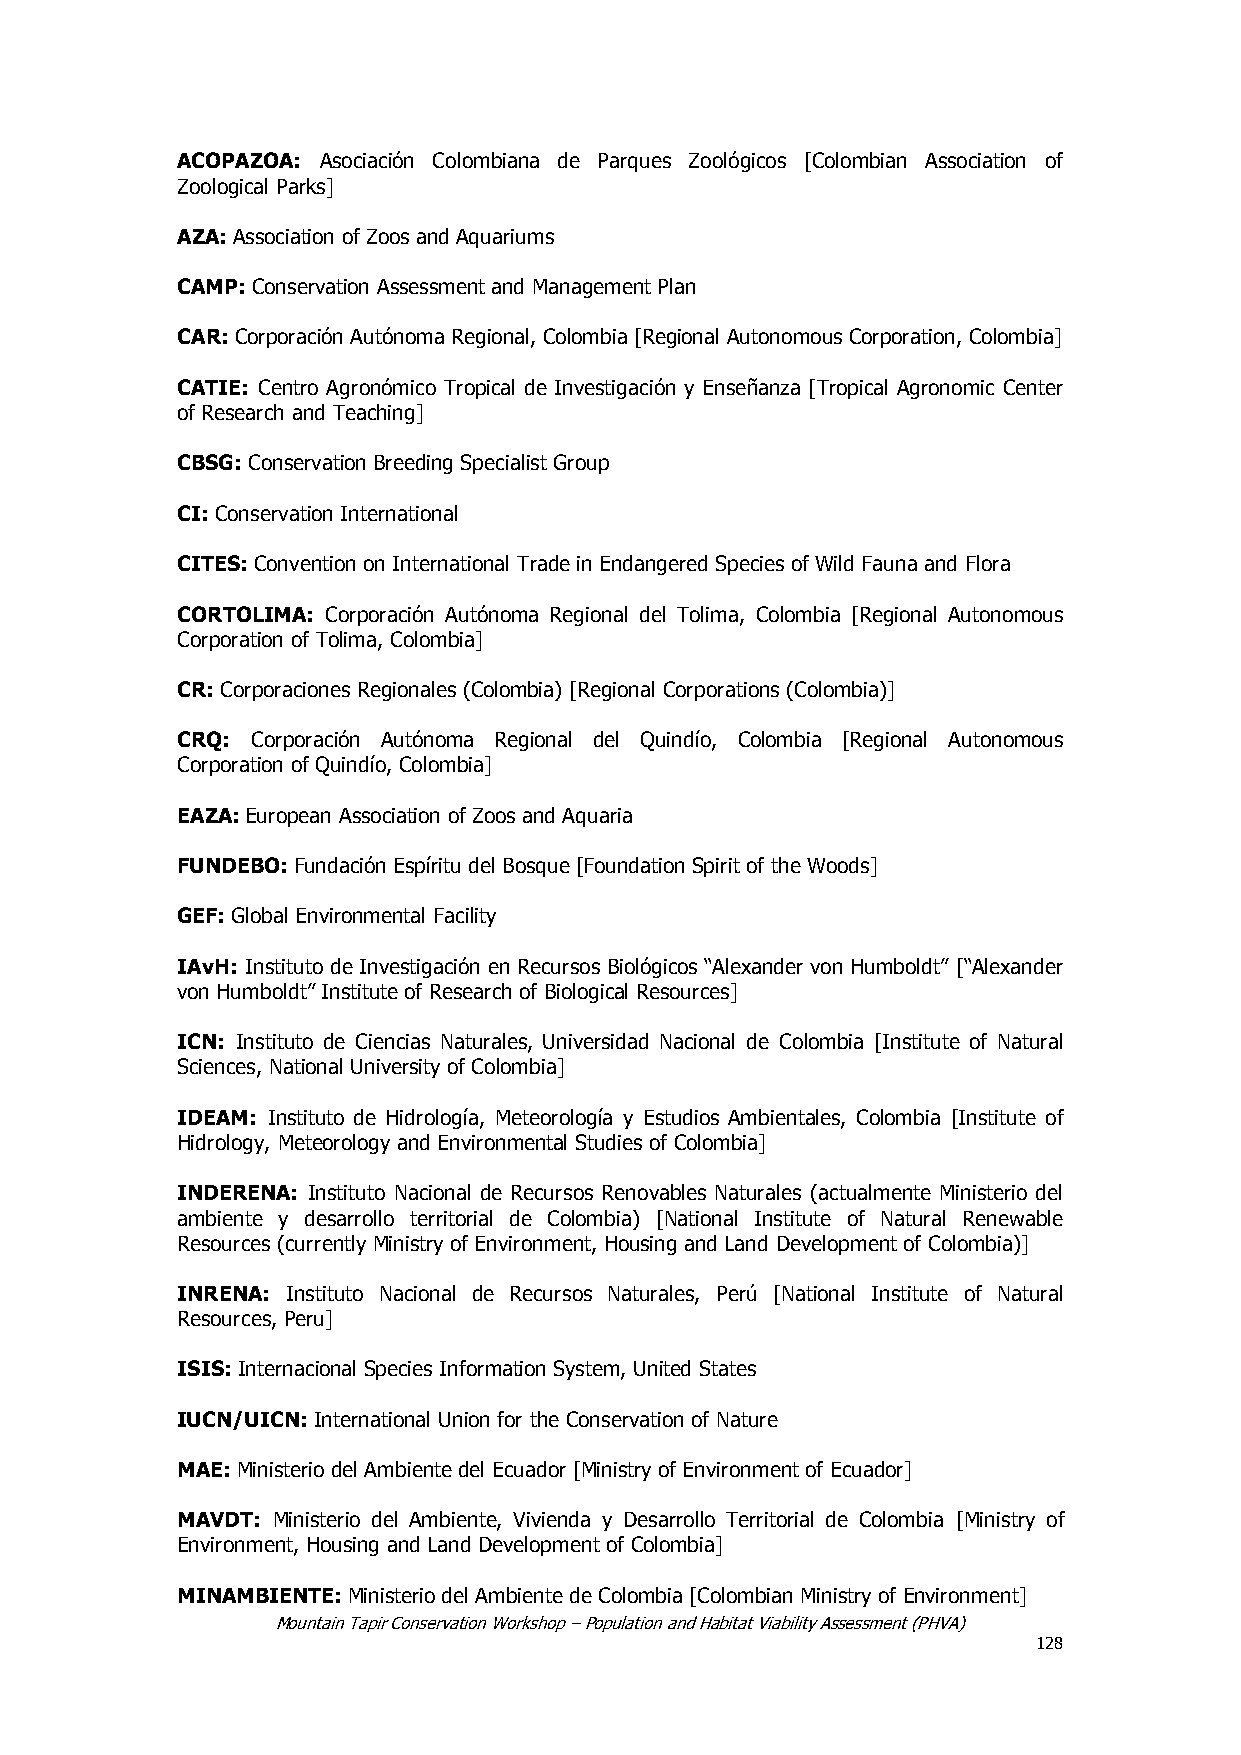
ACOPAZOA: Asociación Colombiana de Parques Zoológicos [Colombian Association of
 Zoological Parks]
 AZA: Association of Zoos and Aquariums
 CAMP: Conservation Assessment and Management Plan
 CAR: Corporación Autónoma Regional, Colombia [Regional Autonomous Corporation, Colombia]
 CATIE: Centro Agronómico Tropical de Investigación y Enseñanza [Tropical Agronomic Center
 of Research and Teaching]
 CBSG: Conservation Breeding Specialist Group
 CI: Conservation International
 CITES: Convention on International Trade in Endangered Species of Wild Fauna and Flora
 CORTOLIMA: Corporación Autónoma Regional del Tolima, Colombia [Regional Autonomous
 Corporation of Tolima, Colombia]
 CR: Corporaciones Regionales (Colombia) [Regional Corporations (Colombia)]
 CRQ: Corporación Autónoma Regional del Quindío, Colombia [Regional Autonomous
 Corporation of Quindío, Colombia]
 EAZA: European Association of Zoos and Aquaria
 FUNDEBO: Fundación Espíritu del Bosque [Foundation Spirit of the Woods]
 GEF: Global Environmental Facility
 IAvH: Instituto de Investigación en Recursos Biológicos ―Alexander von Humboldt‖ [―Alexander
 von Humboldt‖ Institute of Research of Biological Resources]
 ICN: Instituto de Ciencias Naturales, Universidad Nacional de Colombia [Institute of Natural
 Sciences, National University of Colombia]
 IDEAM: Instituto de Hidrología, Meteorología y Estudios Ambientales, Colombia [Institute of
 Hidrology, Meteorology and Environmental Studies of Colombia]
 INDERENA: Instituto Nacional de Recursos Renovables Naturales (actualmente Ministerio del
 ambiente y desarrollo territorial de Colombia) [National Institute of Natural Renewable
 Resources (currently Ministry of Environment, Housing and Land Development of Colombia)]
 INRENA: Instituto Nacional de Recursos Naturales, Perú [National Institute of Natural
 Resources, Peru]
 ISIS: Internacional Species Information System, United States
 IUCN/UICN: International Union for the Conservation of Nature
 MAE: Ministerio del Ambiente del Ecuador [Ministry of Environment of Ecuador]
 MAVDT: Ministerio del Ambiente, Vivienda y Desarrollo Territorial de Colombia [Ministry of
 Environment, Housing and Land Development of Colombia]
 MINAMBIENTE: Ministerio del Ambiente de Colombia [Colombian Ministry of Environment]
 Mountain Tapir Conservation Workshop – Population and Habitat Viability Assessment (PHVA)
 128